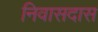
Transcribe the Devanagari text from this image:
निवासदास